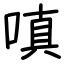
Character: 嗔